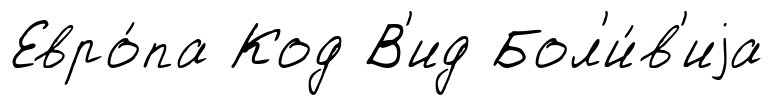
Евро́па Код В'ид Бол'и́в'иjа